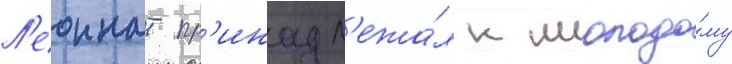
Л'еоннат пр'инадл'ежа́л к молодо́му